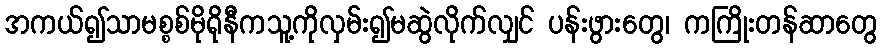
အကယ်၍သာမစ္စစ်မိုရိုနီကသူ့ကိုလှမ်း၍မဆွဲလိုက်လျှင် ပန်းဖွားတွေ၊ ကကြိုးတန်ဆာတွေ